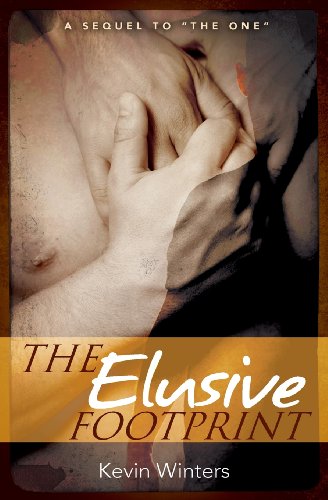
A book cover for The Elusive Footprint: A sequel to "The One"; Kevin Winters; Gay & Lesbian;